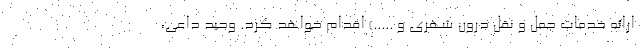
ارائه خدمات حمل و نقل درون شهری و .....) اقدام خواهد کرد. وحید داعی،